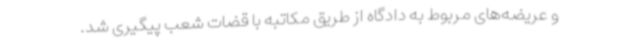
و عریضه‌های مربوط به دادگاه از طریق مکاتبه با قضات شعب پیگیری شد.